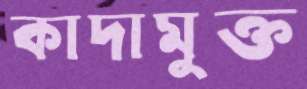
কাদামুক্ত